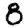
Digit: 8